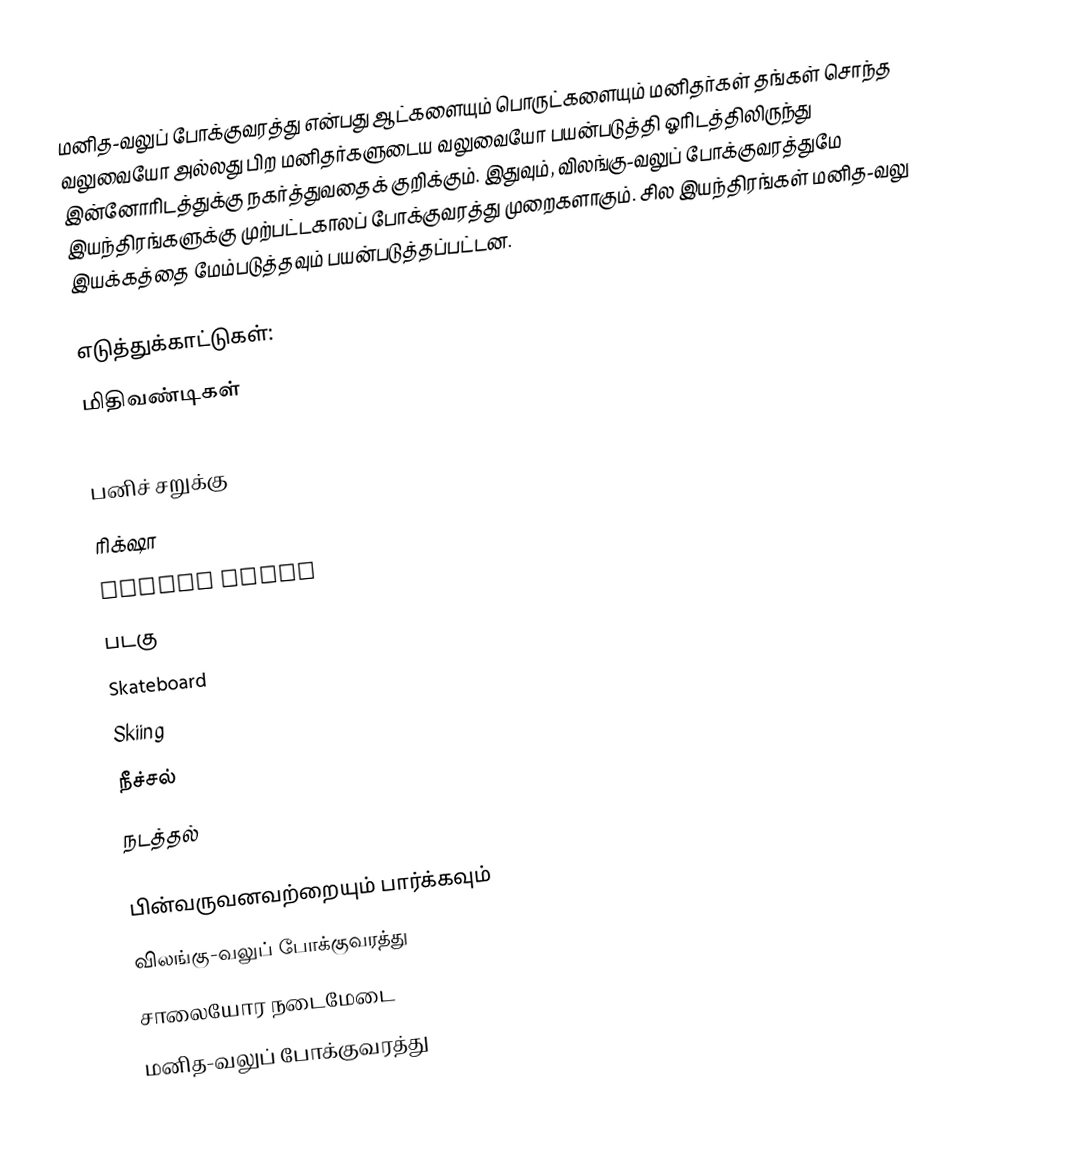
மனித-வலுப் போக்குவரத்து என்பது ஆட்களையும் பொருட்களையும் மனிதர்கள் தங்கள் சொந்த வலுவையோ அல்லது பிற மனிதர்களுடைய வலுவையோ பயன்படுத்தி ஓரிடத்திலிருந்து இன்னோரிடத்துக்கு நகர்த்துவதைக் குறிக்கும். இதுவும், விலங்கு-வலுப் போக்குவரத்துமே இயந்திரங்களுக்கு முற்பட்டகாலப் போக்குவரத்து முறைகளாகும். சில இயந்திரங்கள் மனித-வலு இயக்கத்தை மேம்படுத்தவும் பயன்படுத்தப்பட்டன.

எடுத்துக்காட்டுகள்:
மிதிவண்டிகள்
Canoeing
பனிச் சறுக்கு
ரிக்‌ஷா
Roller skate
படகு
Skateboard
Skiing
நீச்சல்
நடத்தல்

பின்வருவனவற்றையும் பார்க்கவும்
 விலங்கு-வலுப் போக்குவரத்து
 சாலையோர நடைமேடை
மனித-வலுப் போக்குவரத்து